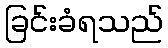
ခြင်းခံရသည်